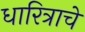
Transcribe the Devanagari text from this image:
धारित्राचे